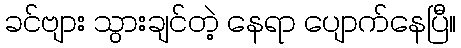
ခင်ဗျား သွားချင်တဲ့ နေရာ ပျောက်နေပြီ။